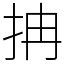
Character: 抩